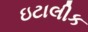
ઇટાલીક